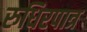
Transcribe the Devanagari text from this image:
रुधिरपात्र